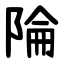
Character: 陯